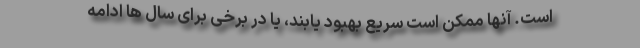
است. آنها ممکن است سریع بهبود یابند، یا در برخی برای سال ها ادامه